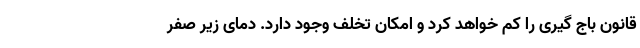
قانون باج گیری را کم خواهد کرد و امکان تخلف وجود دارد. دمای زیر صفر